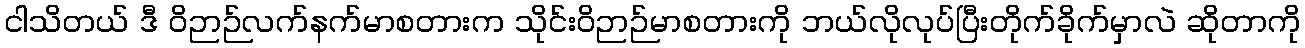
ငါသိတယ် ဒီ ဝိဉာဉ်လက်နက်မာစတားက သိုင်းဝိဉာဉ်မာစတားကို ဘယ်လိုလုပ်ပြီးတိုက်ခိုက်မှာလဲ ဆိုတာကို